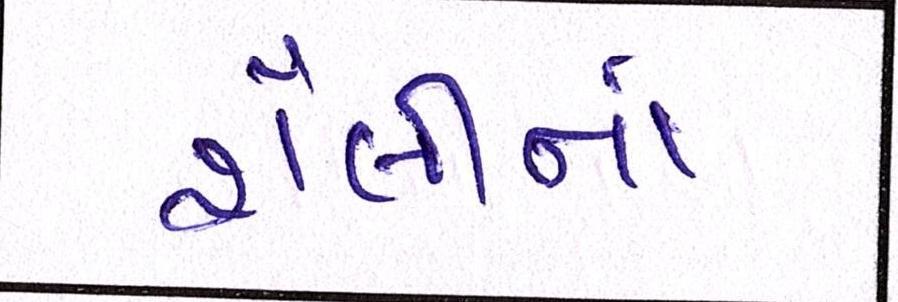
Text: શૈલીનાં